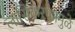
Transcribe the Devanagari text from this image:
लासिकरणामुळे